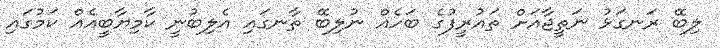
ލިބޭ ރަނގަޅު ނަތީޖާއަށް ތައުރީފުގެ ބަހެއް ނުލިބޭ ތާނގައި އެލިބުނީ ކާމިޔާބީއެއް ކަމުގައި